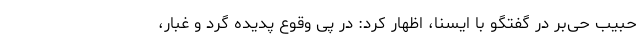
حبیب حی‌بر در گفتگو با ایسنا، اظهار کرد: در پی وقوع پدیده گرد و غبار،